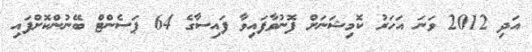
އަދި 2012 ވަނަ އަހަރު ކޮމިޝަނަށް ފޮނުވާފައިވާ ފައިސާގެ 64 ޕަސެންޓް ބޭނުންކޮށްފައި